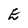
Character: E